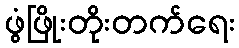
ဖွံဖြိုးတိုးတက်ရေး